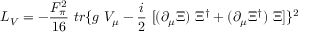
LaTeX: { \cal { L } } _ { V } = - \frac { F _ { \pi } ^ { 2 } } { 1 6 } ~ t r \{ g ~ V _ { \mu } - \frac { i } { 2 } ~ [ ( \partial _ { \mu } \Xi ) ~ \Xi ^ { \dag } + ( \partial _ { \mu } \Xi ^ { \dag } ) ~ \Xi ] \} ^ { 2 }